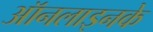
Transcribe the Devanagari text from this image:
ऑनलाइनके